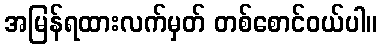
အမြန်ရထားလက်မှတ် တစ်စောင်ဝယ်ပါ။